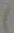
)